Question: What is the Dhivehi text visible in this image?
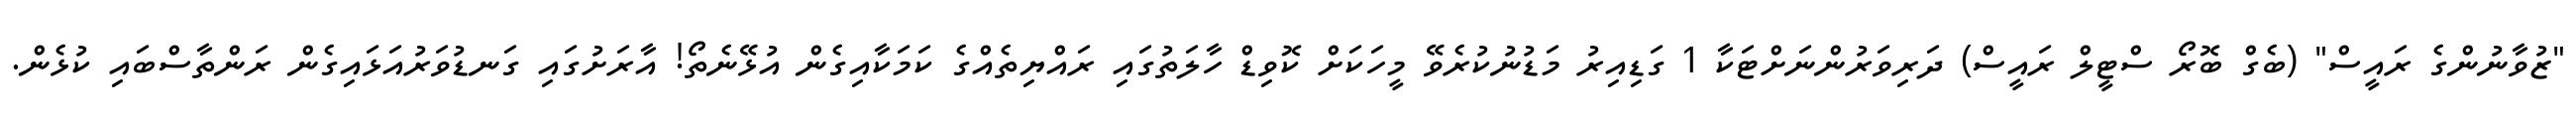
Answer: "ޒުވާނުންގެ ރައީސް" (ބެގް ބޮރޯ ސްޓީލް ރައީސް) ދަރިވަރުންނަށްޓަކާ 1 ގަޑިއިރު މަޑުނުކުރެވޭ މީހަކަށް ކޮވިޑް ހާލަތުގައި ރައްޔިތެއްގެ ކަމަކާއިގެން އުޅޭނެތޯ! އާރަށުގައި ގަނޑުވަރުއަޅައިގެން ރަންތާސްބައި ކުޅެން.